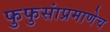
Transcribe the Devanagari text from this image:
फुफुसांप्रमाणेच